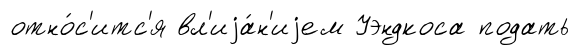
отно́с'итс'я вл'иjа́н'иjем Уэндкоса подать